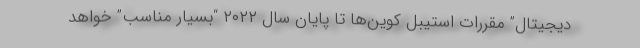
دیجیتال” مقررات استیبل کوین‌ها تا پایان سال ۲۰۲۲ “بسیار مناسب” خواهد